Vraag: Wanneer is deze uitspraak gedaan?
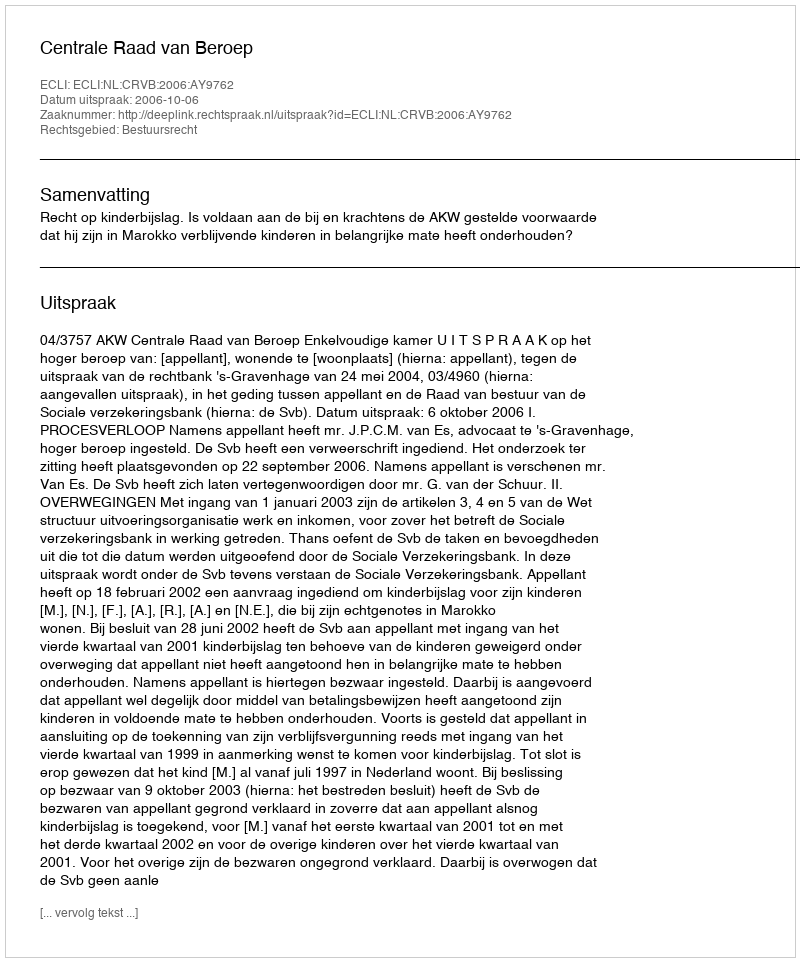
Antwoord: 2006-10-06